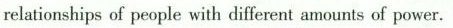
relationships of people with different amounts of power.